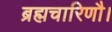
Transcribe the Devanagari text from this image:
ब्रह्मचारिणौ।